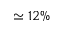
\simeq 1 2 \%